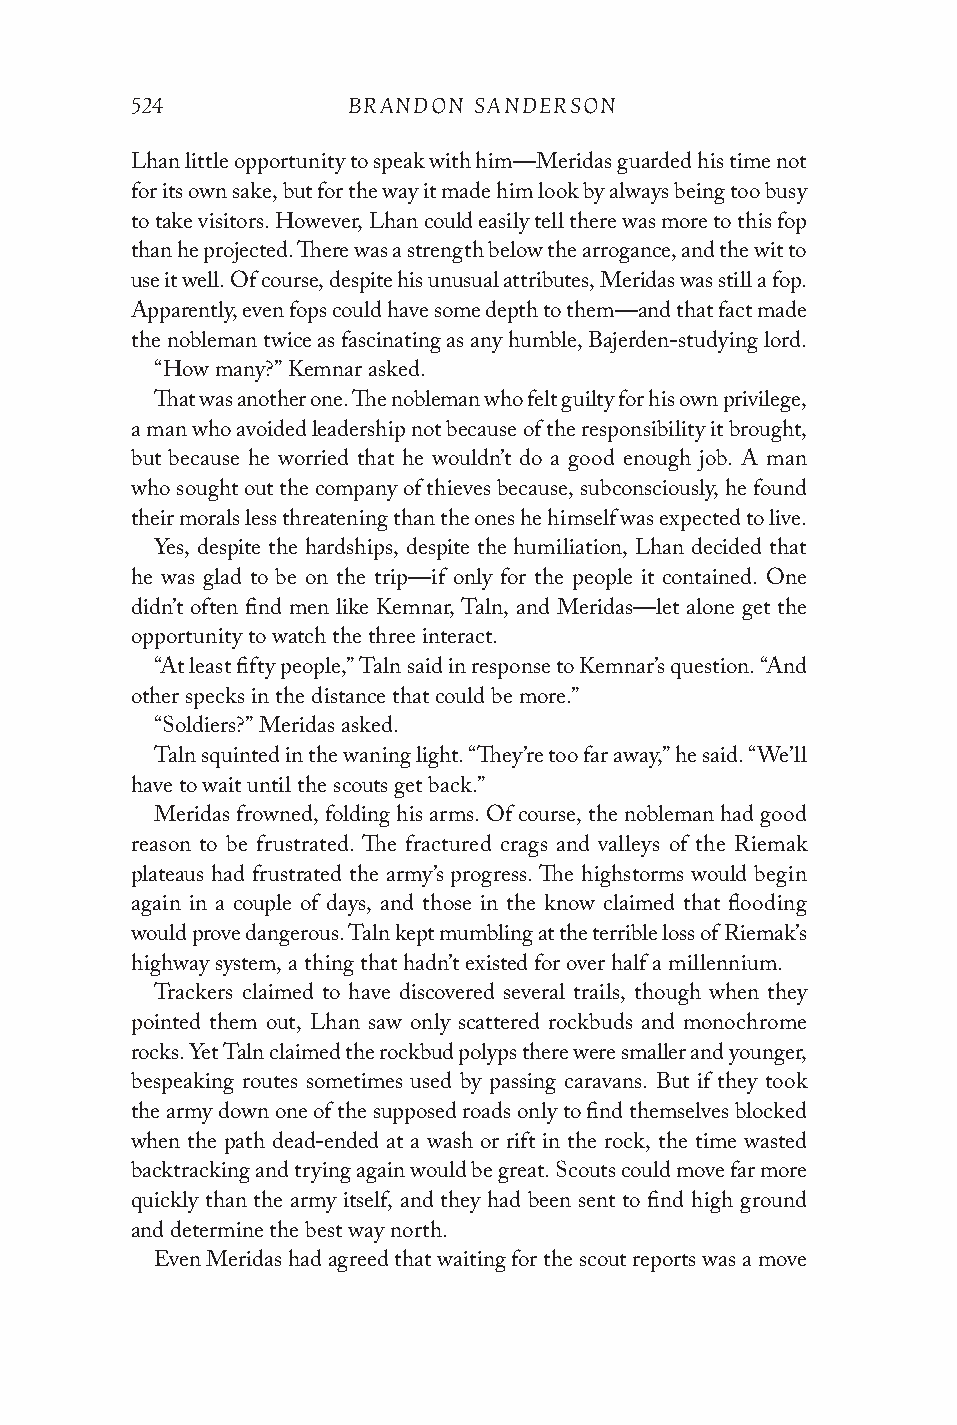
524           BRANDON SANDERSON
 Lhan little opportunity to speak with him—Meridas guarded his time not
 for its own sake, but for the way it made him look by always being too busy
 to take visitors. However, Lhan could easily tell there was more to this fop
 than he projected. There was a strength below the arrogance, and the wit to
 use it well. Of course, despite his unusual attributes, Meridas was still a fop.
 Apparently, even fops could have some depth to them—and that fact made
 the nobleman twice as fascinating as any humble, Bajerden-studying lord.
 “How many?” Kemnar asked.
 That was another one. The nobleman who felt guilty for his own privilege,
 a man who avoided leadership not because of the responsibility it brought,
 but because he worried that he wouldn’t do a good enough job. A man
 who sought out the company of thieves because, subconsciously, he found
 their morals less threatening than the ones he himself was expected to live.
 Yes, despite the hardships, despite the humiliation, Lhan decided that
 he was glad to be on the trip—if only for the people it contained. One
 didn’t often find men like Kemnar, Taln, and Meridas—let alone get the
 opportunity to watch the three interact.
 “At least fifty people,” Taln said in response to Kemnar’s question. “And
 other specks in the distance that could be more.”
 “Soldiers?” Meridas asked.
 Taln squinted in the waning light. “They’re too far away,” he said. “We’ll
 have to wait until the scouts get back.”
 Meridas frowned, folding his arms. Of course, the nobleman had good
 reason to be frustrated. The fractured crags and valleys of the Riemak
 plateaus had frustrated the army’s progress. The highstorms would begin
 again in a couple of days, and those in the know claimed that flooding
 would prove dangerous. Taln kept mumbling at the terrible loss of Riemak’s
 highway system, a thing that hadn’t existed for over half a millennium.
 Trackers claimed to have discovered several trails, though when they
 pointed them out, Lhan saw only scattered rockbuds and monochrome
 rocks. Yet Taln claimed the rockbud polyps there were smaller and younger,
 bespeaking routes sometimes used by passing caravans. But if they took
 the army down one of the supposed roads only to find themselves blocked
 when the path dead-ended at a wash or rift in the rock, the time wasted
 backtracking and trying again would be great. Scouts could move far more
 quickly than the army itself, and they had been sent to find high ground
 and determine the best way north.
 Even Meridas had agreed that waiting for the scout reports was a move